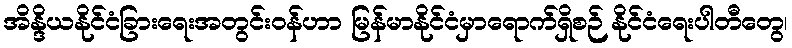
အိန္ဒိယနိုင်ငံခြားရေးအတွင်းဝန်ဟာ မြန်မာနိုင်ငံမှာရောက်ရှိစဉ် နိုင်ငံရေးပါတီတွေ၊